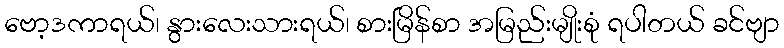
ဗော့ဒကာရယ်၊ နွားလေးသားရယ်၊ စားမြိန်စာ အမြည်းမျိုးစုံ ရပါတယ် ခင်ဗျာ